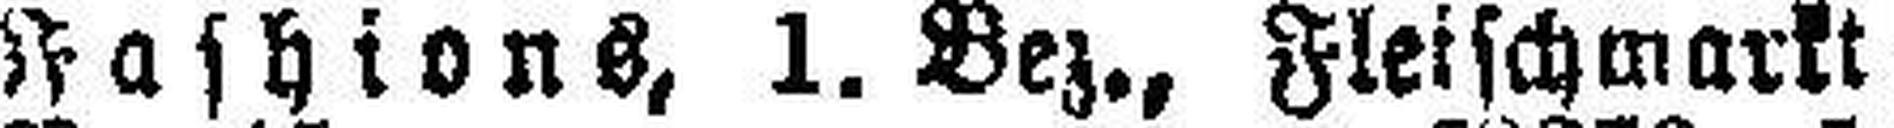
Fashions, 1. Bez., Fleischmarkt